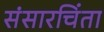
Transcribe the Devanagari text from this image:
संसारचिंता